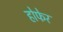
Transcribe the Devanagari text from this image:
होफेर